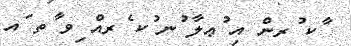
ާކ ުރން އި ުޢލާ ުނ ުކ ެރއް ިވ ާތ ައ